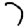
Digit: 7